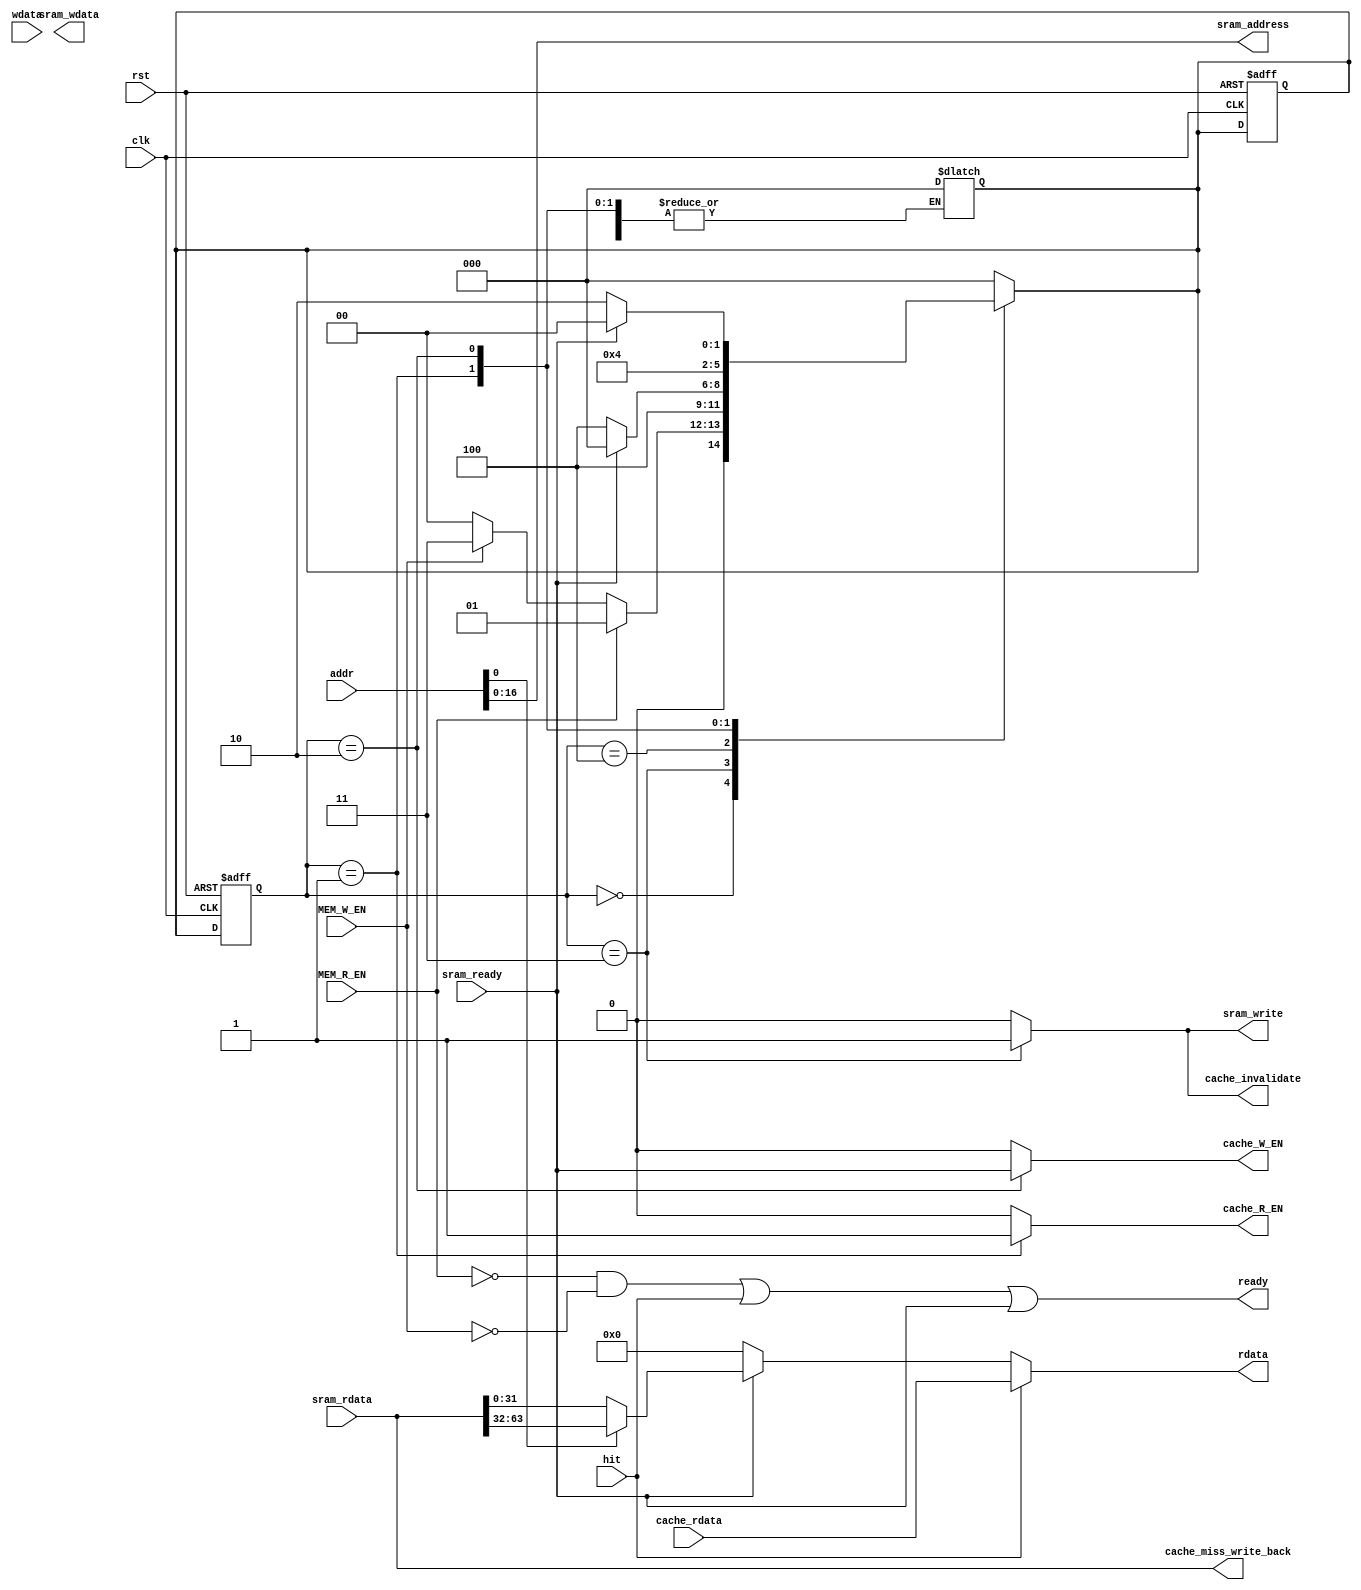
`timescale 1ns/1ns
module CacheController(input rst, input clk, 
// memory stage unit
    input[31:0] addr,
    input[31:0] wdata,
    input MEM_R_EN,
    input MEM_W_EN,
    output [31:0] rdata,
    output ready,
// SRAM controller
    output [16:0] sram_address,
    output [31:0] sram_wdata,
    output reg sram_write,
    input [63:0] sram_rdata,
    input sram_ready,
// CACHE
    input hit,
    input[31:0] cache_rdata,
    output reg cache_R_EN,
    output reg cache_W_EN,
    output reg cache_invalidate,
    output[63:0] cache_miss_write_back);
/////////////////////////////////////////////////////////////////////
assign ready = (~MEM_R_EN & ~MEM_W_EN) | hit | sram_ready;
assign rdata = hit ? cache_rdata : sram_ready ? (sram_address[0] ? sram_rdata[63:32] : sram_rdata[31:0]) : 32'b0; 
assign sram_address = addr;
assign cache_miss_write_back = sram_rdata;

reg[2:0] ps, ns;
parameter[2:0] idle=0, Sread=1, Sread_Wait=2, Swrite=3, Swrite_Wait=4;

always@(*) begin
	case(ps)

      idle: begin
        ns = MEM_R_EN ? Sread : MEM_W_EN ? Swrite : idle;
      end 

      Swrite: begin
        ns = Swrite_Wait;
      end

      Swrite_Wait: begin
        ns = sram_ready ? idle : Swrite_Wait;
      end

      Sread: begin
        ns = Sread_Wait;
      end

      Sread_Wait: begin
        ns = sram_ready ? idle : Sread_Wait;
      end

      default: ns = idle;
    endcase
  end
/////////////////////////////////////////////////////////////
always@(ps, MEM_R_EN, MEM_W_EN) begin
    {cache_invalidate, cache_R_EN, sram_write, cache_W_EN} = 0;
	case(ps)
      Swrite: begin
        sram_write = 1'b1;
        cache_invalidate = 1'b1;
      end

      Sread: begin
        cache_R_EN = 1'b1;
      end

      Sread_Wait: begin
        cache_W_EN = sram_ready == 1'b1;
      end
      default: ns = idle;
    endcase
end
/////////////////////////////////////////////////////////////
always@(posedge clk, posedge rst) begin
    if(rst) begin
        ps <= idle;
        ns <= idle;
    end
    else begin
    ps <= ns;
    end
end
endmodule